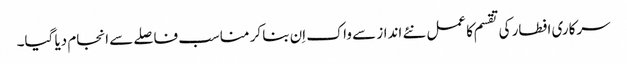
سرکاری افطار کی تقسم کا عمل نئے انداز سے واک اِن بنا کر مناسب فاصلے سے انجام دیا گیا۔